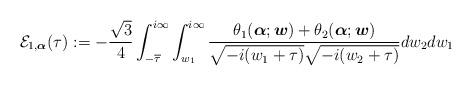
LaTeX: \begin{align*}\mathcal E_{1,\boldsymbol{\alpha}}(\tau):=-\frac{\sqrt{3}}{4}\int_{-\overline{\tau}}^{i\infty}\int_{w_1}^{i\infty}\frac{\theta_1(\boldsymbol{\alpha};\boldsymbol{w})+\theta_2(\boldsymbol{\alpha};\boldsymbol{w})}{\sqrt{-i(w_1+\tau)}\sqrt{-i(w_2+\tau)}}dw_2 dw_1\end{align*}